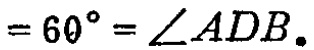
$=60^{\circ}=\angle ADB.$